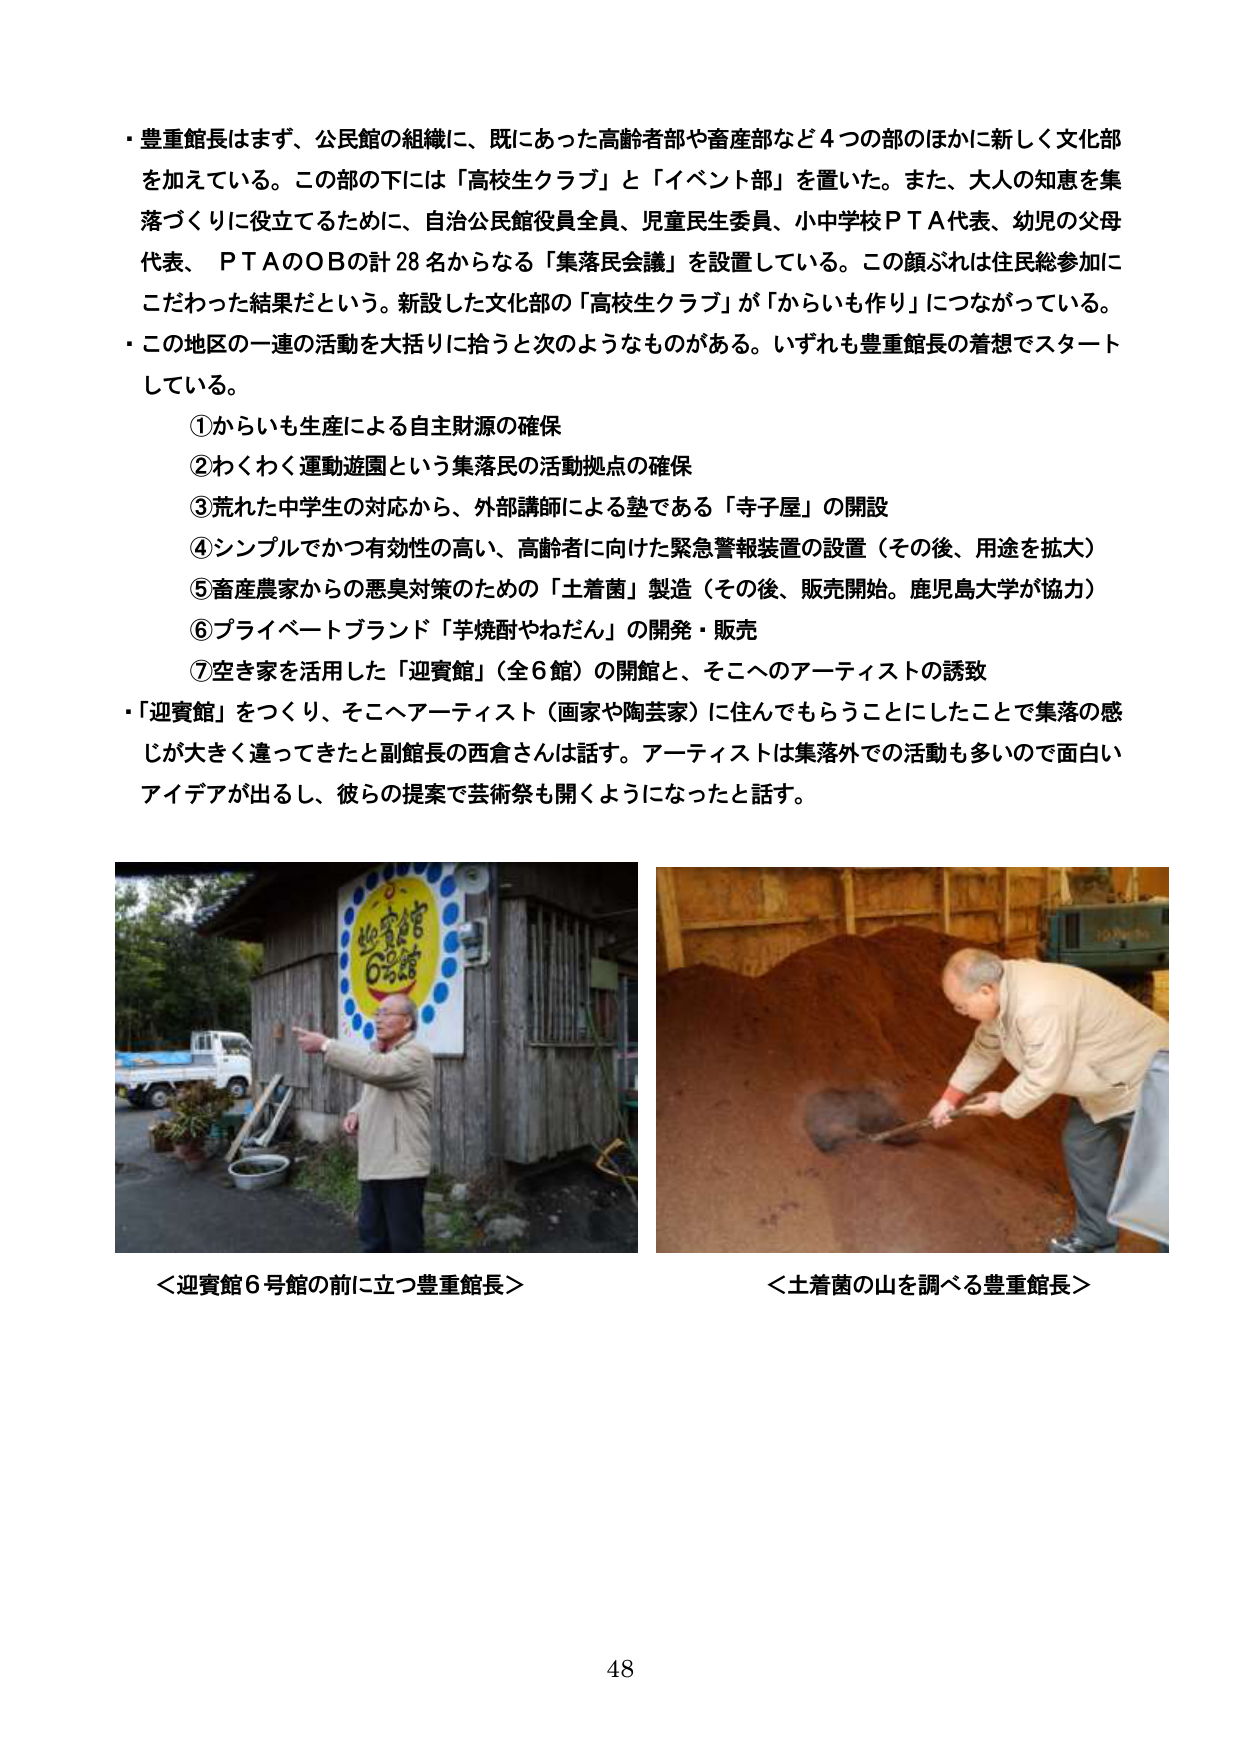
・豊重館長はまず、公民館の組織に、既にあった高齢者部や畜産部など４つの部のほかに新しく文化部を加えている。この部の下には「高校生クラブ」と「イベント部」を置いた。また、大人の知恵を集落づくりに役立てるために、自治公民館役員全員、児童民生委員、小中学校ＰＴＡ代表、幼児の父母代表、ＰＴＡのＯＢの計28名からなる「集落民会議」を設置している。この顔ぶれは住民総参加にこだわった結果だという。新設した文化部の「高校生クラブ」が「からいも作り」につながっている。

・この地区の一連の活動を大括りに拾うと次のようなものがある。いずれも豊重館長の着想でスタートしている。

①からいも生産による自主財源の確保
②わくわく運動遊園という集落民の活動拠点の確保
③荒れた中学生の対応から、外部講師による塾である「寺子屋」の開設
④シンプルでかつ有効性の高い、高齢者に向けた緊急警報装置の設置（その後、用途を拡大）
⑤畜産農家からの悪臭対策のための「土着菌」製造（その後、販売開始。鹿児島大学が協力）
⑥プライベートブランド「芋焼酎やねだん」の開発・販売
⑦空き家を活用した「迎賓館」（全６館）の開館と、そこへのアーティストの誘致

・「迎賓館」をつくり、そこへアーティスト（画家や陶芸家）に住んでもらうことにしたことで集落の感じが大きく違ってきたと副館長の西倉さんは話す。アーティストは集落外での活動も多いので面白いアイデアが出るし、彼らの提案で芸術祭も開くようになったと話す。

＜迎賓館６号館の前に立つ豊重館長＞
＜土着菌の山を調べる豊重館長＞

48